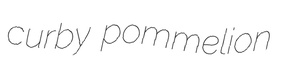
curby pommelion